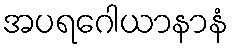
အပရဂေါယာနာနံ